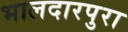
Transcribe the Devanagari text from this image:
भालदारपुरा